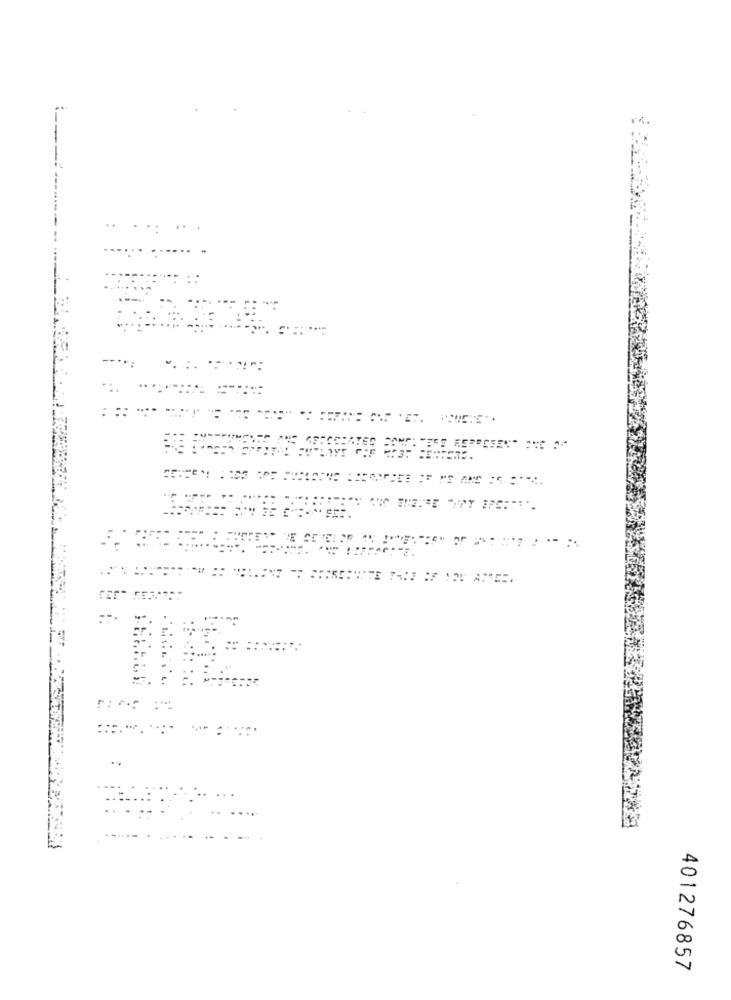
..
401276857